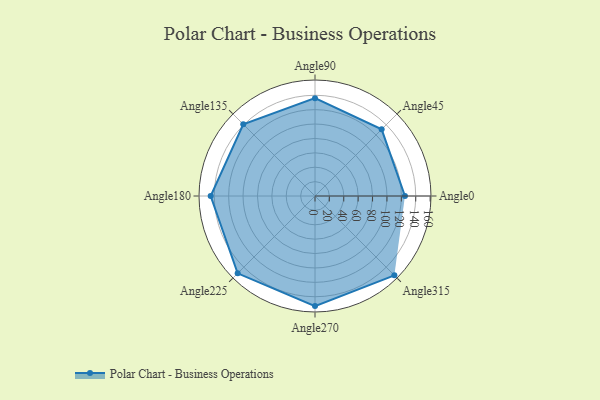
{"axis": {"x": "Angle", "y": "Radius"}, "legend": [""], "data": [{"x": "Angle0", "y": 125.0, "type": ""}, {"x": "Angle45", "y": 131.0, "type": ""}, {"x": "Angle90", "y": 136.0, "type": ""}, {"x": "Angle135", "y": 141.0, "type": ""}, {"x": "Angle180", "y": 145.0, "type": ""}, {"x": "Angle225", "y": 152.0, "type": ""}, {"x": "Angle270", "y": 153.0, "type": ""}, {"x": "Angle315", "y": 156.0, "type": ""}]}